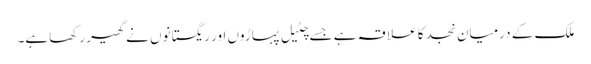
ملک کے درمیان نجد کا علا قہ ہے جسے چٹیل پہاڑوں اور ریگستانوں نے گھیر رکھاہے۔